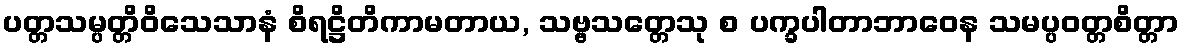
ပတ္တသမ္ပတ္တိဝိသေသာနံ စိရဋ္ဌိတိကာမတာယ, သဗ္ဗသတ္တေသု စ ပက္ခပါတာဘာဝေန သမပ္ပဝတ္တစိတ္တာ